Scottish assistants in French schools and colleges, 1920
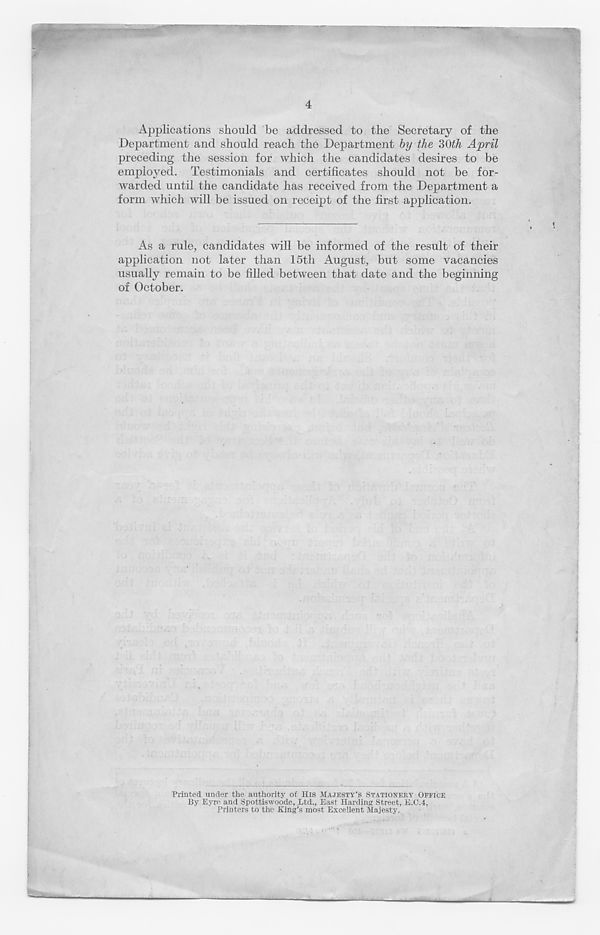
4
mm,
Applications should be addressed to the Secretary of the
Department and should reach the Department by the ?A)tJi April
preceding the session for which the candidates desires to be
employed. Testimonials and certificates should not be for-
warded until the candidate has received from the Department a
form which will be issued on receipt of the first application.
As a rule, candidates will be informed of the result of their
application not later than 15th August, but some vacancies
usually remain to be filled between that date and the beginning
of October.
Printed under the authority of His MAJESTY’S STATIONERY OFFICE
By Eyre and Spottiswoode, Ltd., East Harding Street, B.C.4,
Printers to the King’s most Excellent Majesty.